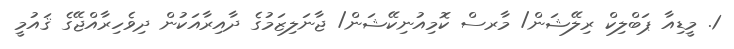
1. މީޑިއާ ޕަބްލިކް ރިލޭޝަން/ މާރސް ކޮމިއުނިކޭޝަން/ ޖާނަލިޒަމުގެ ދާއިރާއަކުން ދިވެހިރާއްޖޭގެ ޤައުމީ